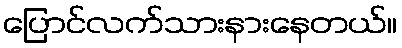
ပြောင်လက်သားနားနေတယ်။